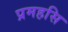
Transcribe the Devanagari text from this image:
प्रमहसि